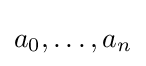
a_{0},\dots ,a_{n}